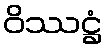
ဝိဿဋ္ဌံ